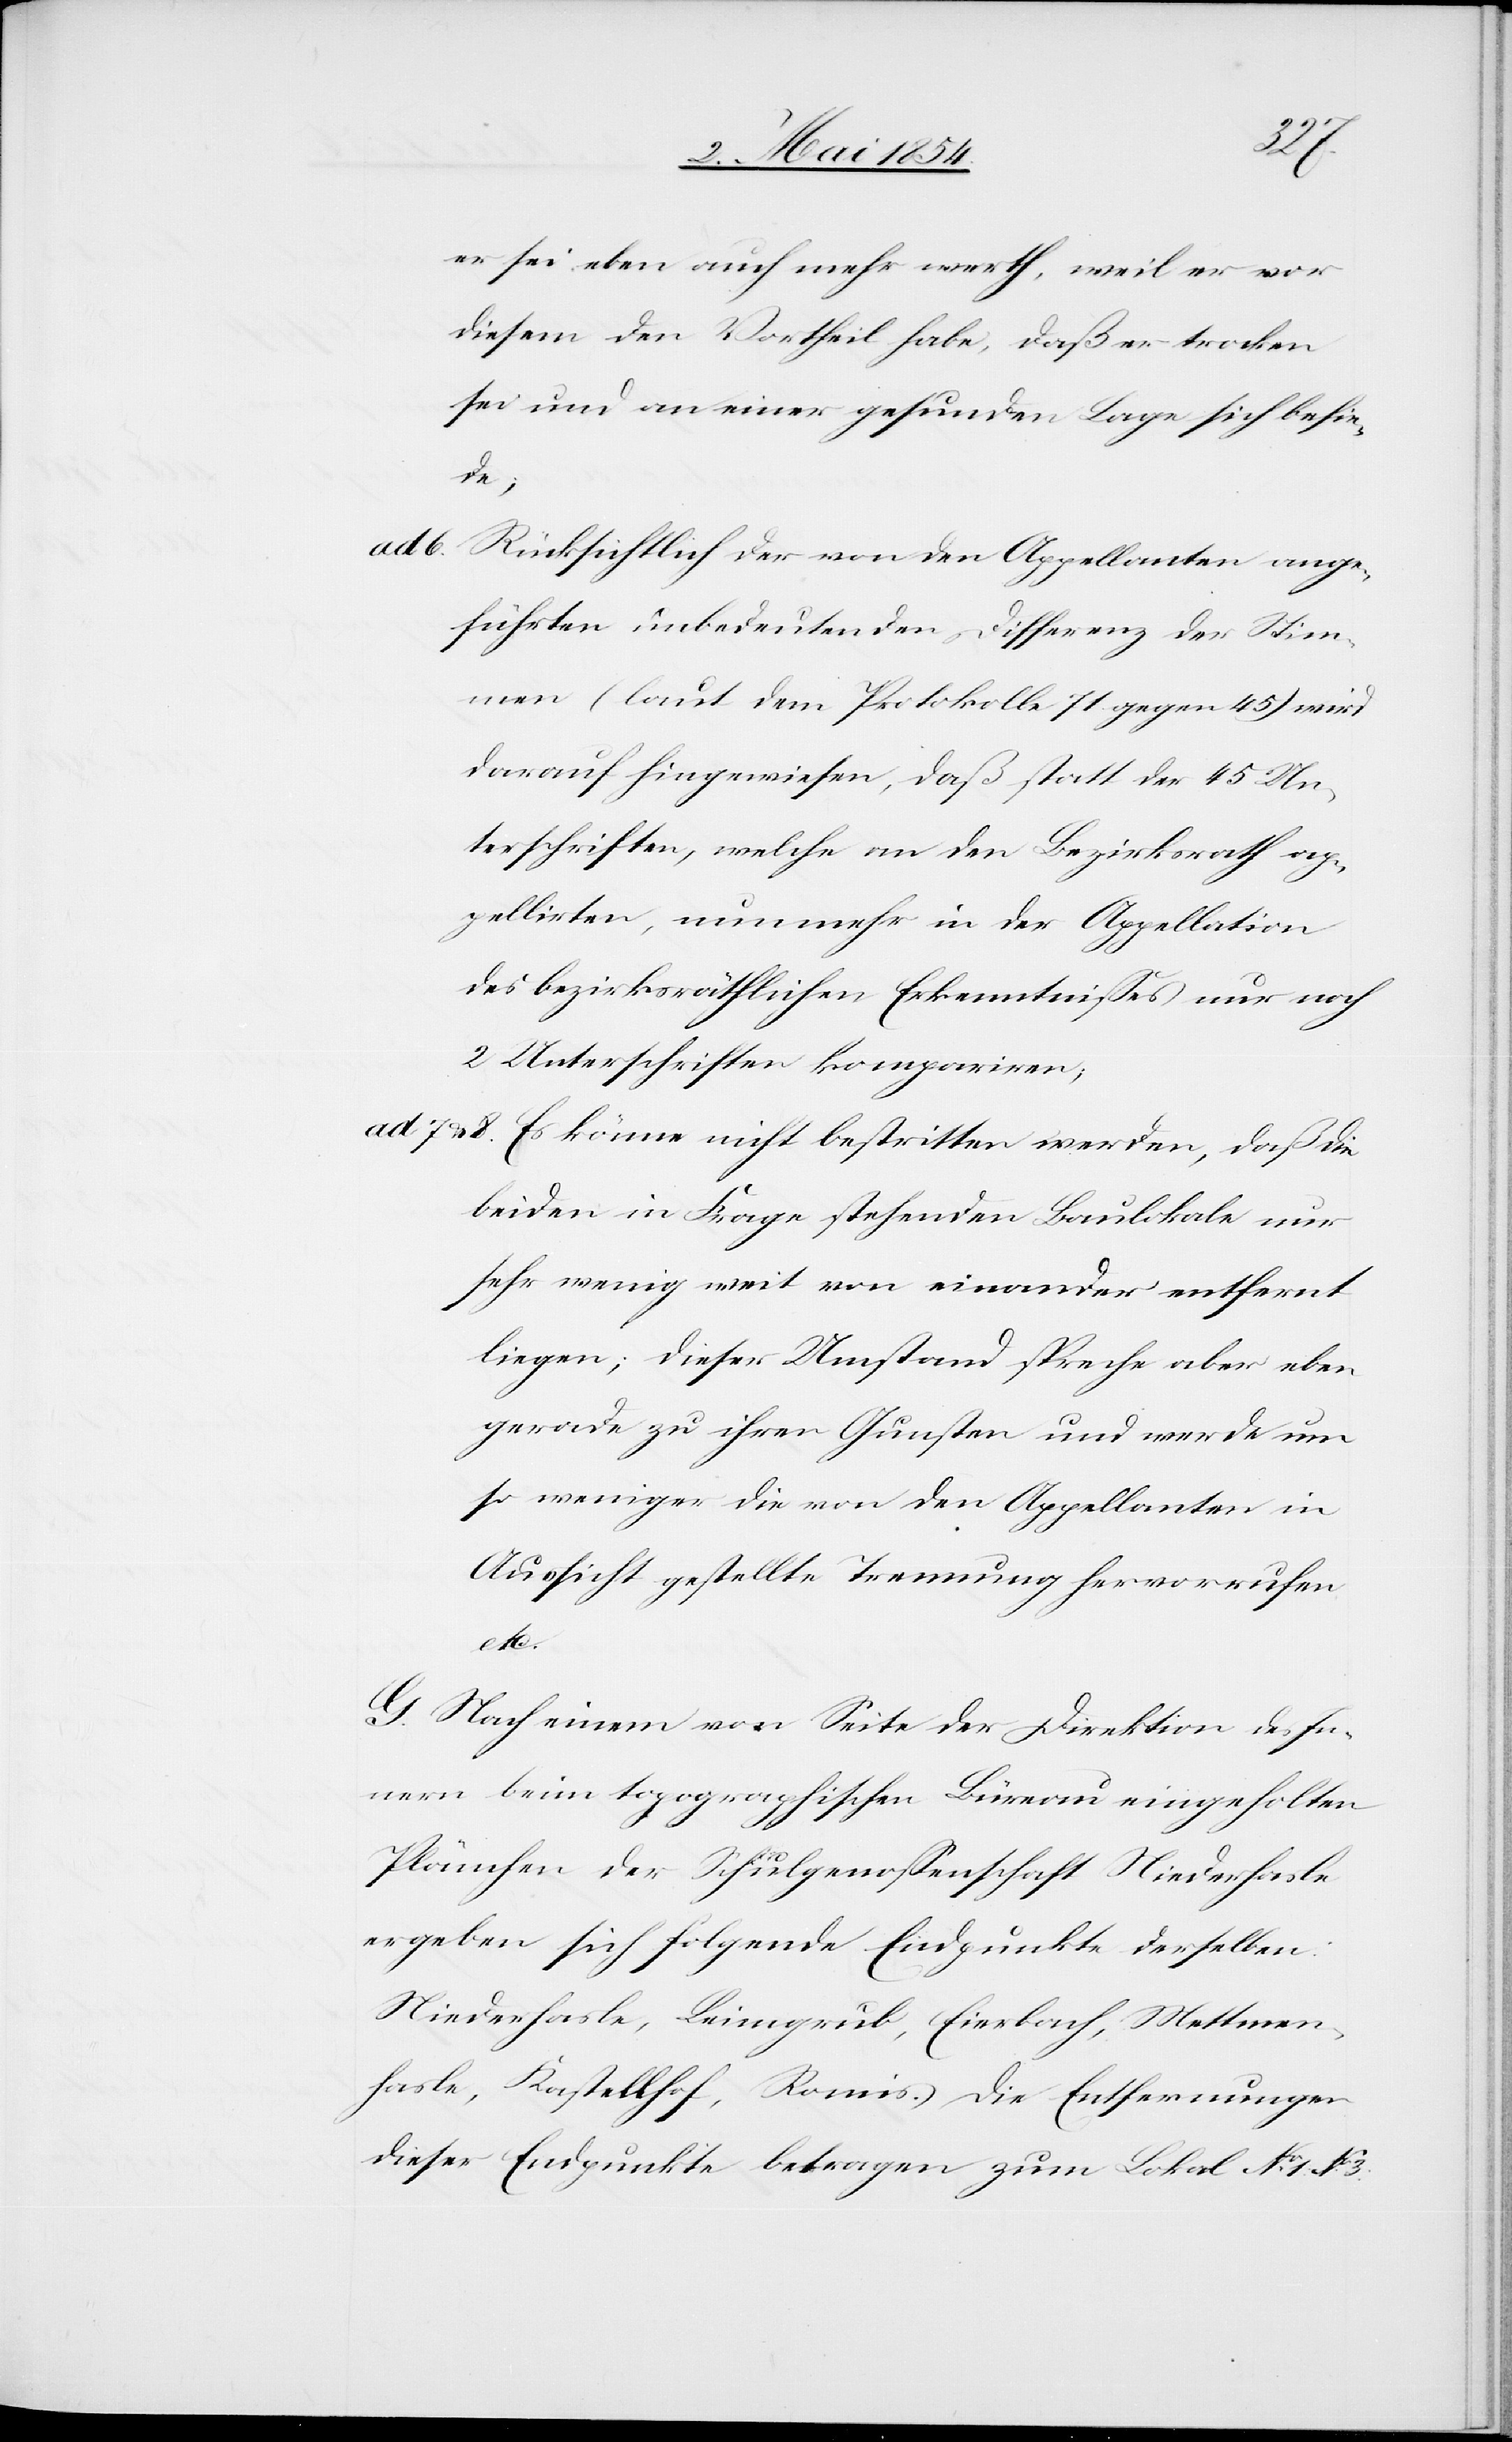
er sei eben auch mehr werth, weil er vor
diesem den Vortheil habe; daß er trocken
sei und an einer gesunden Lage sich befin¬
de;
ad 6. Rücksichtlich der von den Appellanten ange¬
führten unbedeutenden Differenz der Stim¬
men (laut dem Protokolle 71 gegen 45) wird
darauf hingewiesen, daß statt der 45 Un¬
terschriften, welche an den Bezirksrath ap¬
pellirten, nunmehr in der Appellation
des bezirksräthlichen Erkenntnißes nur noch
2 Unterschriften kompariren;
ad 7 u. 8. Es könne nicht bestritten werden, daß die
beiden in Frage stehenden Baulokale nur
sehr wenig weit von einander entfernt
liegen; dieser Umstand spreche aber eben
gerade zu ihren Gunsten und werde um
so weniger die von den Appellanten in
Aussicht gestellte Trennung hervorrufen
etc.
G. Nach einem von Seite der Direktion des In¬
nern beim topographischen Büreau eingeholten
Plänchen der Schulgenoßenschaft Niederhasle
ergeben sich folgende Endpunkte derselben:
Niederhasle, Leimgrub, Eierbach, Mettmen¬
hasle, Kastellhof, Romis. Die Entfernungen
dieser Endpunkte betragen zum Lokal No 1, No